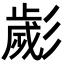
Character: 𢒱